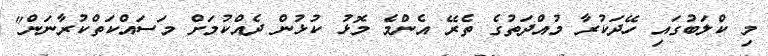
މި ކްލަބުގައި ހޭދަކުރާ މުއްދަތުގެ ތެރޭ އެންމެ މޮޅު ކުޅުން ދެއްކުމަށް މަސައްކަތްކުރާނަން"